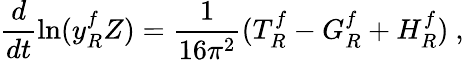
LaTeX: \frac{d}{dt}\ln(y_{R}^{f}Z)=\frac{1}{16\pi^{2}}(T_{R}^{f}-G_{R}^{f}+H_{R}^{f})\ ,